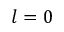
l = 0